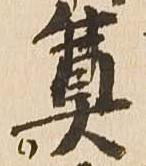
奠